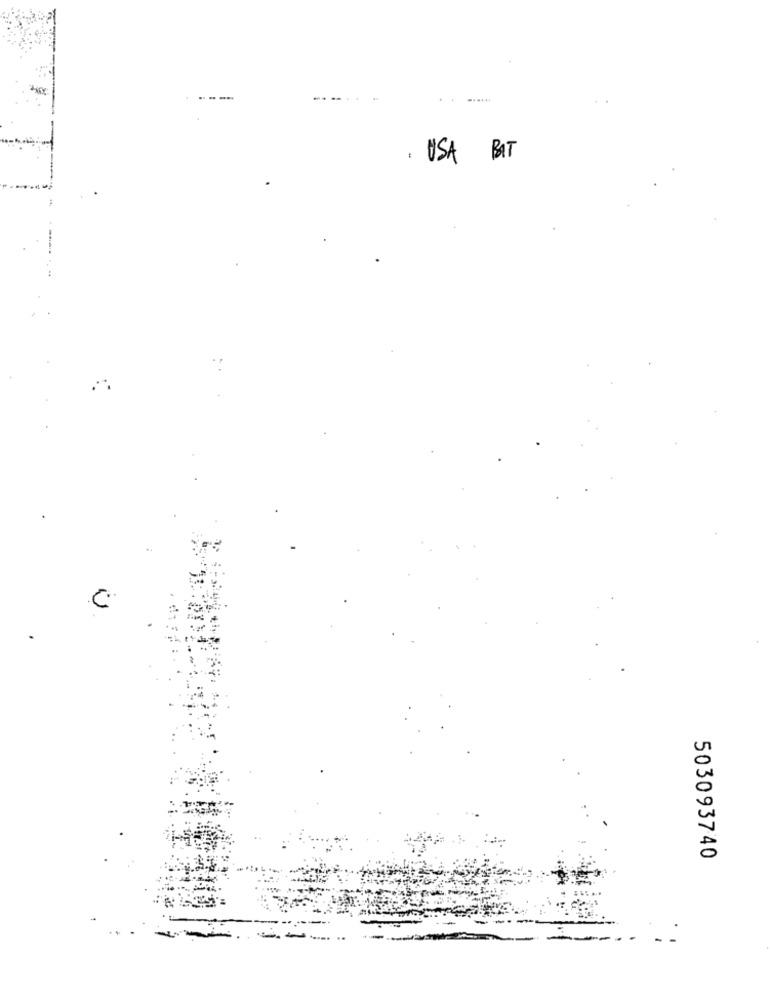
. USA BAT
:
.
C.
.
503093740